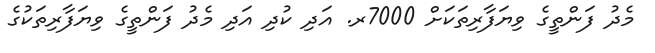
މެދު ފަންތީގެ ވިޔަފާރިތަކަށް 7000ރ. އަދި ކުދި އަދި މެދު ފަންތީގެ ވިޔަފާރިތަކުގެ